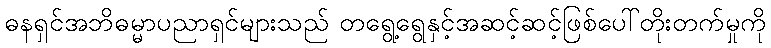
ဓနရှင်အဘိဓမ္မာပညာရှင်များသည် တရွေ့ရွေနှင့်အဆင့်ဆင့်ဖြစ်ပေါ်တိုးတက်မှုကို